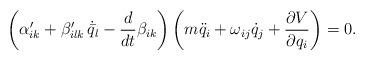
LaTeX: \begin{align*} \left ( \alpha'_{ik} + \beta'_{ilk} \, \dot{\bar{q}}_l - \frac{d}{dt} \beta_{ik} \right ) \left ( m \ddot{q}_i + \omega_{ij} \dot{q}_j + \frac{\partial V}{\partial q_i} \right ) = 0 .\end{align*}